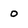
Character: 0